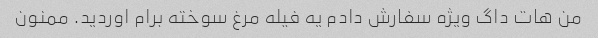
من هات داگ ویژه سفارش دادم یه فیله مرغ سوخته برام اوردید. ممنون